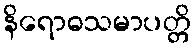
နိရောဓသမာပတ္တိ